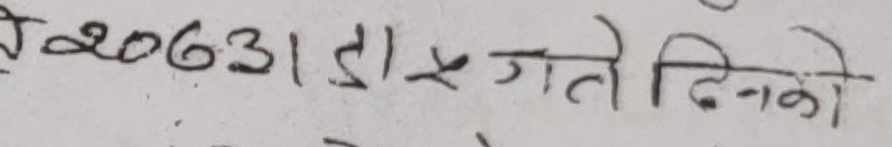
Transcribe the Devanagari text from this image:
ट२०६३१ दा x गते दिनको